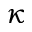
\kappa